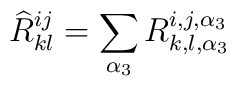
{\widehat R}^{ij}_{kl} = \sum_{\alpha_3} R^{i,j,\alpha_3}_{k,l,\alpha_3}